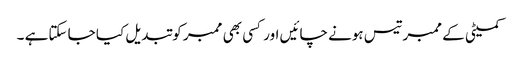
کمیٹی کے ممبرتیس ہونے چائیں اور کسی بھی ممبر کو تبدیل کیا جا سکتاہے ۔